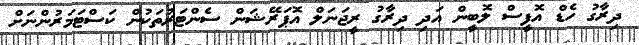
ދިރާގު ހެޑް އޮފީސް ލޮބީން އަދި ދިރާގު ރީޖަނަލް އޮޕަރޭޝަން ސެންޓަރުތަކުން ކަސްޓަމަރުންނަށް